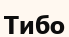
Тибо